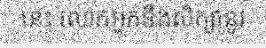
នេះ លោកអ្នកនឹងសិក្សានូវ